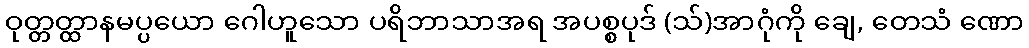
ဝုတ္တတ္ထာနမပ္ပယော ဂေါဟူသော ပရိဘာသာအရ အပစ္စပုဒ် (သ်)အာဂုံကို ချေ, တေသံ ဏော